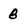
Character: 8